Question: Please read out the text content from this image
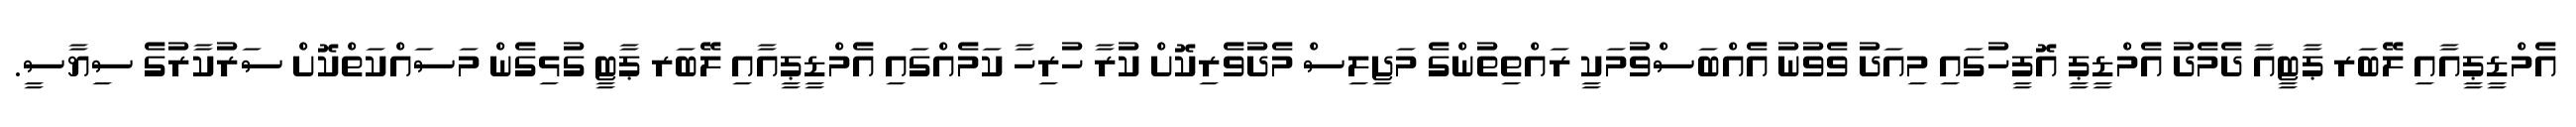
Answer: އެމްޑީޕީއާއި ލޭބަރ ޕާޓީއާ ދެމެދު އެމްޑީޕީ އޮފީހުގައި މިއަދު ވެވުނު އެއްބަސްވުމަކީ ރައްތިތުންގެ މަޖިލިސް މެދުވެރިކޮށް ކުރާ ހުރިހާ ކަމެއްގައި އެމްޑީޕީއާއި ލޭބަރ ޕާޓީ ގުޅިގެން މަސައްކަތްކޮށް ސަރުކާރުގެ ސިޔާސީ.